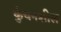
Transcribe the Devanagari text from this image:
कुंचनशील